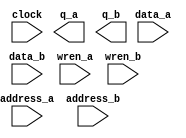
// megafunction wizard: %RAM: 2-PORT%VBB%
// GENERATION: STANDARD
// VERSION: WM1.0
// MODULE: altsyncram 

// ============================================================
// Megafunction Name(s):
// 			altsyncram
//
// Simulation Library Files(s):
// 			altera_mf
// ============================================================
// ************************************************************
// THIS IS A WIZARD-GENERATED FILE. DO NOT EDIT THIS FILE!
//
// 17.1.0 Build 590 10/25/2017 SJ Lite Edition
// ************************************************************

//Copyright (C) 2017  Intel Corporation. All rights reserved.
//Your use of Intel Corporation's design tools, logic functions 
//and other software and tools, and its AMPP partner logic 
//functions, and any output files from any of the foregoing 
//(including device programming or simulation files), and any 
//associated documentation or information are expressly subject 
//to the terms and conditions of the Intel Program License 
//Subscription Agreement, the Intel Quartus Prime License Agreement,
//the Intel FPGA IP License Agreement, or other applicable license
//agreement, including, without limitation, that your use is for
//the sole purpose of programming logic devices manufactured by
//Intel and sold by Intel or its authorized distributors.  Please
//refer to the applicable agreement for further details.

module ram (
	address_a,
	address_b,
	clock,
	data_a,
	data_b,
	wren_a,
	wren_b,
	q_a,
	q_b);

	input	[4:0]  address_a;
	input	[4:0]  address_b;
	input	  clock;
	input	[7:0]  data_a;
	input	[7:0]  data_b;
	input	  wren_a;
	input	  wren_b;
	output	[7:0]  q_a;
	output	[7:0]  q_b;
`ifndef ALTERA_RESERVED_QIS
// synopsys translate_off
`endif
	tri1	  clock;
	tri0	  wren_a;
	tri0	  wren_b;
`ifndef ALTERA_RESERVED_QIS
// synopsys translate_on
`endif

endmodule

// ============================================================
// CNX file retrieval info
// ============================================================
// Retrieval info: PRIVATE: ADDRESSSTALL_A NUMERIC "0"
// Retrieval info: PRIVATE: ADDRESSSTALL_B NUMERIC "0"
// Retrieval info: PRIVATE: BYTEENA_ACLR_A NUMERIC "0"
// Retrieval info: PRIVATE: BYTEENA_ACLR_B NUMERIC "0"
// Retrieval info: PRIVATE: BYTE_ENABLE_A NUMERIC "0"
// Retrieval info: PRIVATE: BYTE_ENABLE_B NUMERIC "0"
// Retrieval info: PRIVATE: BYTE_SIZE NUMERIC "8"
// Retrieval info: PRIVATE: BlankMemory NUMERIC "1"
// Retrieval info: PRIVATE: CLOCK_ENABLE_INPUT_A NUMERIC "0"
// Retrieval info: PRIVATE: CLOCK_ENABLE_INPUT_B NUMERIC "0"
// Retrieval info: PRIVATE: CLOCK_ENABLE_OUTPUT_A NUMERIC "0"
// Retrieval info: PRIVATE: CLOCK_ENABLE_OUTPUT_B NUMERIC "0"
// Retrieval info: PRIVATE: CLRdata NUMERIC "0"
// Retrieval info: PRIVATE: CLRq NUMERIC "0"
// Retrieval info: PRIVATE: CLRrdaddress NUMERIC "0"
// Retrieval info: PRIVATE: CLRrren NUMERIC "0"
// Retrieval info: PRIVATE: CLRwraddress NUMERIC "0"
// Retrieval info: PRIVATE: CLRwren NUMERIC "0"
// Retrieval info: PRIVATE: Clock NUMERIC "0"
// Retrieval info: PRIVATE: Clock_A NUMERIC "0"
// Retrieval info: PRIVATE: Clock_B NUMERIC "0"
// Retrieval info: PRIVATE: IMPLEMENT_IN_LES NUMERIC "0"
// Retrieval info: PRIVATE: INDATA_ACLR_B NUMERIC "0"
// Retrieval info: PRIVATE: INDATA_REG_B NUMERIC "1"
// Retrieval info: PRIVATE: INIT_FILE_LAYOUT STRING "PORT_A"
// Retrieval info: PRIVATE: INIT_TO_SIM_X NUMERIC "0"
// Retrieval info: PRIVATE: INTENDED_DEVICE_FAMILY STRING "MAX 10"
// Retrieval info: PRIVATE: JTAG_ENABLED NUMERIC "0"
// Retrieval info: PRIVATE: JTAG_ID STRING "NONE"
// Retrieval info: PRIVATE: MAXIMUM_DEPTH NUMERIC "0"
// Retrieval info: PRIVATE: MEMSIZE NUMERIC "256"
// Retrieval info: PRIVATE: MEM_IN_BITS NUMERIC "0"
// Retrieval info: PRIVATE: MIFfilename STRING ""
// Retrieval info: PRIVATE: OPERATION_MODE NUMERIC "3"
// Retrieval info: PRIVATE: OUTDATA_ACLR_B NUMERIC "0"
// Retrieval info: PRIVATE: OUTDATA_REG_B NUMERIC "0"
// Retrieval info: PRIVATE: RAM_BLOCK_TYPE NUMERIC "0"
// Retrieval info: PRIVATE: READ_DURING_WRITE_MODE_MIXED_PORTS NUMERIC "2"
// Retrieval info: PRIVATE: READ_DURING_WRITE_MODE_PORT_A NUMERIC "4"
// Retrieval info: PRIVATE: READ_DURING_WRITE_MODE_PORT_B NUMERIC "4"
// Retrieval info: PRIVATE: REGdata NUMERIC "1"
// Retrieval info: PRIVATE: REGq NUMERIC "0"
// Retrieval info: PRIVATE: REGrdaddress NUMERIC "0"
// Retrieval info: PRIVATE: REGrren NUMERIC "0"
// Retrieval info: PRIVATE: REGwraddress NUMERIC "1"
// Retrieval info: PRIVATE: REGwren NUMERIC "1"
// Retrieval info: PRIVATE: SYNTH_WRAPPER_GEN_POSTFIX STRING "0"
// Retrieval info: PRIVATE: USE_DIFF_CLKEN NUMERIC "0"
// Retrieval info: PRIVATE: UseDPRAM NUMERIC "1"
// Retrieval info: PRIVATE: VarWidth NUMERIC "0"
// Retrieval info: PRIVATE: WIDTH_READ_A NUMERIC "8"
// Retrieval info: PRIVATE: WIDTH_READ_B NUMERIC "8"
// Retrieval info: PRIVATE: WIDTH_WRITE_A NUMERIC "8"
// Retrieval info: PRIVATE: WIDTH_WRITE_B NUMERIC "8"
// Retrieval info: PRIVATE: WRADDR_ACLR_B NUMERIC "0"
// Retrieval info: PRIVATE: WRADDR_REG_B NUMERIC "1"
// Retrieval info: PRIVATE: WRCTRL_ACLR_B NUMERIC "0"
// Retrieval info: PRIVATE: enable NUMERIC "0"
// Retrieval info: PRIVATE: rden NUMERIC "0"
// Retrieval info: LIBRARY: altera_mf altera_mf.altera_mf_components.all
// Retrieval info: CONSTANT: ADDRESS_REG_B STRING "CLOCK0"
// Retrieval info: CONSTANT: CLOCK_ENABLE_INPUT_A STRING "BYPASS"
// Retrieval info: CONSTANT: CLOCK_ENABLE_INPUT_B STRING "BYPASS"
// Retrieval info: CONSTANT: CLOCK_ENABLE_OUTPUT_A STRING "BYPASS"
// Retrieval info: CONSTANT: CLOCK_ENABLE_OUTPUT_B STRING "BYPASS"
// Retrieval info: CONSTANT: INDATA_REG_B STRING "CLOCK0"
// Retrieval info: CONSTANT: INTENDED_DEVICE_FAMILY STRING "MAX 10"
// Retrieval info: CONSTANT: LPM_TYPE STRING "altsyncram"
// Retrieval info: CONSTANT: NUMWORDS_A NUMERIC "32"
// Retrieval info: CONSTANT: NUMWORDS_B NUMERIC "32"
// Retrieval info: CONSTANT: OPERATION_MODE STRING "BIDIR_DUAL_PORT"
// Retrieval info: CONSTANT: OUTDATA_ACLR_A STRING "NONE"
// Retrieval info: CONSTANT: OUTDATA_ACLR_B STRING "NONE"
// Retrieval info: CONSTANT: OUTDATA_REG_A STRING "UNREGISTERED"
// Retrieval info: CONSTANT: OUTDATA_REG_B STRING "UNREGISTERED"
// Retrieval info: CONSTANT: POWER_UP_UNINITIALIZED STRING "FALSE"
// Retrieval info: CONSTANT: READ_DURING_WRITE_MODE_MIXED_PORTS STRING "DONT_CARE"
// Retrieval info: CONSTANT: READ_DURING_WRITE_MODE_PORT_A STRING "NEW_DATA_WITH_NBE_READ"
// Retrieval info: CONSTANT: READ_DURING_WRITE_MODE_PORT_B STRING "NEW_DATA_WITH_NBE_READ"
// Retrieval info: CONSTANT: WIDTHAD_A NUMERIC "5"
// Retrieval info: CONSTANT: WIDTHAD_B NUMERIC "5"
// Retrieval info: CONSTANT: WIDTH_A NUMERIC "8"
// Retrieval info: CONSTANT: WIDTH_B NUMERIC "8"
// Retrieval info: CONSTANT: WIDTH_BYTEENA_A NUMERIC "1"
// Retrieval info: CONSTANT: WIDTH_BYTEENA_B NUMERIC "1"
// Retrieval info: CONSTANT: WRCONTROL_WRADDRESS_REG_B STRING "CLOCK0"
// Retrieval info: USED_PORT: address_a 0 0 5 0 INPUT NODEFVAL "address_a[4..0]"
// Retrieval info: USED_PORT: address_b 0 0 5 0 INPUT NODEFVAL "address_b[4..0]"
// Retrieval info: USED_PORT: clock 0 0 0 0 INPUT VCC "clock"
// Retrieval info: USED_PORT: data_a 0 0 8 0 INPUT NODEFVAL "data_a[7..0]"
// Retrieval info: USED_PORT: data_b 0 0 8 0 INPUT NODEFVAL "data_b[7..0]"
// Retrieval info: USED_PORT: q_a 0 0 8 0 OUTPUT NODEFVAL "q_a[7..0]"
// Retrieval info: USED_PORT: q_b 0 0 8 0 OUTPUT NODEFVAL "q_b[7..0]"
// Retrieval info: USED_PORT: wren_a 0 0 0 0 INPUT GND "wren_a"
// Retrieval info: USED_PORT: wren_b 0 0 0 0 INPUT GND "wren_b"
// Retrieval info: CONNECT: @address_a 0 0 5 0 address_a 0 0 5 0
// Retrieval info: CONNECT: @address_b 0 0 5 0 address_b 0 0 5 0
// Retrieval info: CONNECT: @clock0 0 0 0 0 clock 0 0 0 0
// Retrieval info: CONNECT: @data_a 0 0 8 0 data_a 0 0 8 0
// Retrieval info: CONNECT: @data_b 0 0 8 0 data_b 0 0 8 0
// Retrieval info: CONNECT: @wren_a 0 0 0 0 wren_a 0 0 0 0
// Retrieval info: CONNECT: @wren_b 0 0 0 0 wren_b 0 0 0 0
// Retrieval info: CONNECT: q_a 0 0 8 0 @q_a 0 0 8 0
// Retrieval info: CONNECT: q_b 0 0 8 0 @q_b 0 0 8 0
// Retrieval info: GEN_FILE: TYPE_NORMAL ram.v TRUE
// Retrieval info: GEN_FILE: TYPE_NORMAL ram.inc FALSE
// Retrieval info: GEN_FILE: TYPE_NORMAL ram.cmp FALSE
// Retrieval info: GEN_FILE: TYPE_NORMAL ram.bsf TRUE
// Retrieval info: GEN_FILE: TYPE_NORMAL ram_inst.v TRUE
// Retrieval info: GEN_FILE: TYPE_NORMAL ram_bb.v TRUE
// Retrieval info: LIB_FILE: altera_mf